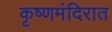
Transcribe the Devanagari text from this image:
कृष्णमंदिरात